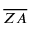
\overline { { Z A } }